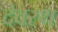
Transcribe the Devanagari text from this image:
देवस्थ